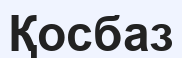
Қосбаз